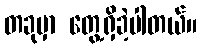
တခုမှာ တွေ့ရှိခဲ့ပါတယ်။